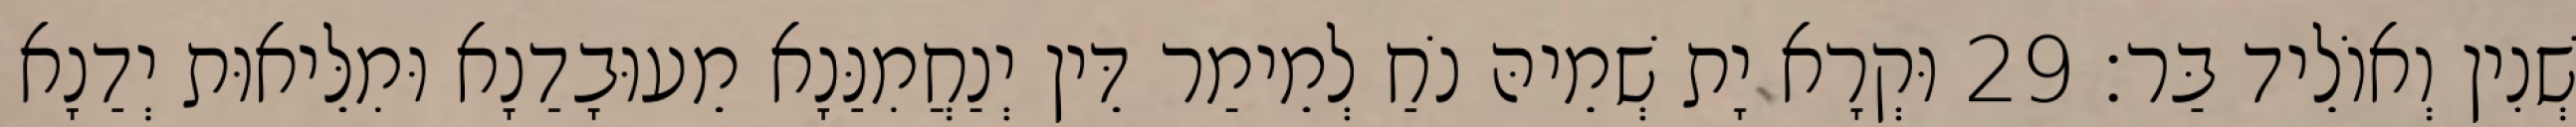
שְׁנִין וְאוֹלֵיד בַּר׃ 29 וּקְרָא יָת שְׁמֵיהּ נֹחַ לְמֵימַר דֵּין יְנַחֲמִנַּנָא מֵעוּבָדַנָא וּמִלֵּיאוּת יְדַנָא